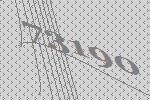
73190